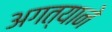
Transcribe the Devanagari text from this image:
अगत्याने